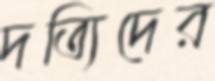
দত্যিদের